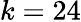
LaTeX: k=24